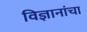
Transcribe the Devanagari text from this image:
विज्ञानांचा